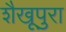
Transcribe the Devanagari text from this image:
शैखूपुरा